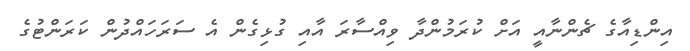
އިންޑިއާގެ ޗެންނާއީ އަށް ކުރަމުންދާ ވިއްސާރަ އާއި ގުޅިގެން އެ ސަރަހައްދުން ކަރަންޓުގެ